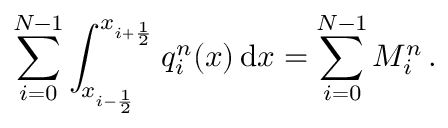
\sum _ { i = 0 } ^ { N - 1 } \int _ { x _ { i - \frac { 1 } { 2 } } } ^ { x _ { i + \frac { 1 } { 2 } } } q _ { i } ^ { n } ( x ) \, \mathrm { d } x = \sum _ { i = 0 } ^ { N - 1 } M _ { i } ^ { n } \, .